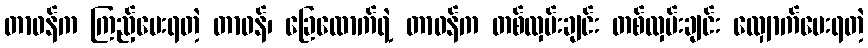
တာဝန်က ကြည့်ပေးရတဲ့ တာဝန်၊ ခြေထောက်ရဲ့ တာဝန်က တစ်လှမ်းချင်း တစ်လှမ်းချင်း လျှောက်ပေးရတဲ့